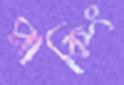
প্লাকিং